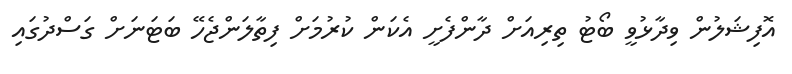
އޮފިޝަލުން ވިދާޅުވީ ބޯޓު ތިރިއަށް ދާންފެށީ އެކަން ކުރުމަށް ފިތާލަންޖެހޭ ބަޓަަނަށް ގަސްދުގައި